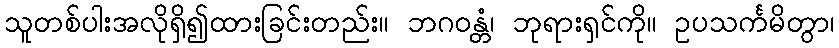
သူတစ်ပါးအလိုရှိ၍ထားခြင်းတည်း။ ဘဂဝန္တံ၊ ဘုရားရှင်ကို။ ဥပသင်္ကမိတွာ၊